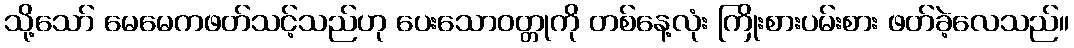
သို့သော် မေမေကဖတ်သင့်သည်ဟု ပေးသောဝတ္တုကို တစ်နေ့လုံး ကြိုးစားပမ်းစား ဖတ်ခဲ့လေသည်။